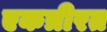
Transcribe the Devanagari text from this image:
एकत्रीरत